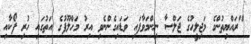
"ރައްޔިތުންގެ މަޖިލީހުގެ ޖަލްސާ ނިންމަވާފައި ވަޑައިގެންނެވި އިރު މަހްލޫފުގެ އަތުގައި ހުރި ފޯކާއި